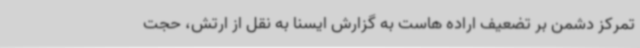
تمرکز دشمن بر تضعیف اراده هاست به گزارش ایسنا به نقل از ارتش، حجت